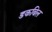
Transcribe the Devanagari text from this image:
डकबिल